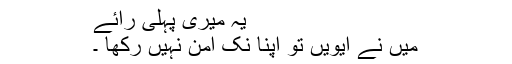
یہ میری پہلی رائے
میں نے ایویں تو اپنا نِک امن نہیں رکھا ۔